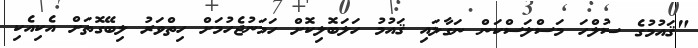
"ޤައުމުގެ ސުލްހަ މަސްލަސްކަން ނަގާލައި ޤައުމު ހަލަބޮލިކޮށް ހަމަނުޖެހުމަށް ހިތްވަރު ލިބޭގޮތަށް އެކިއެކި